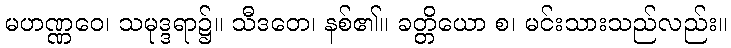
မဟဏ္ဏဝေ၊ သမုဒ္ဒရာ၌။ သီဒတေ၊ နစ်၏။ ခတ္တိယော စ၊ မင်းသားသည်လည်း။